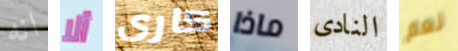
انه ألا كاري ماذا النادى نعم